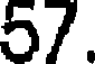
57.